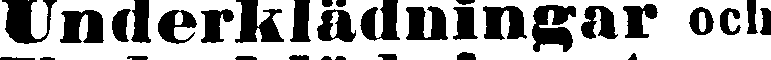
Underklädningar och